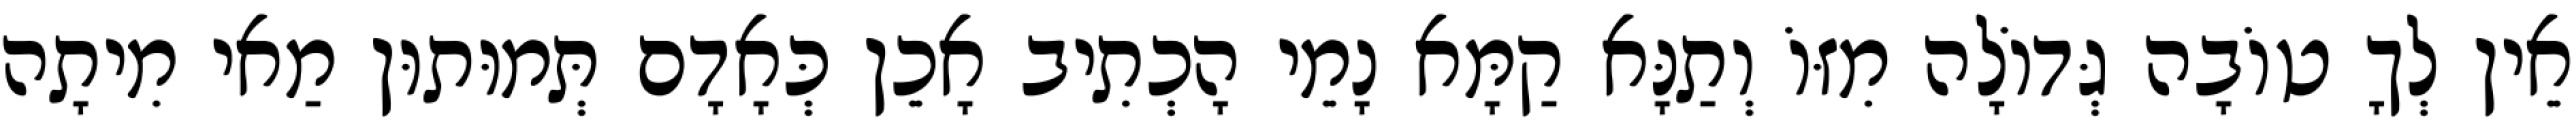
אֵין לְךָ טוֹבָה גְּדוֹלָה מִזּוֹ וְתַנָּא קַמָּא נָמֵי הָכְתִיב אָכֵן כְּאָדָם תְּמוּתוּן מַאי מִיתָה